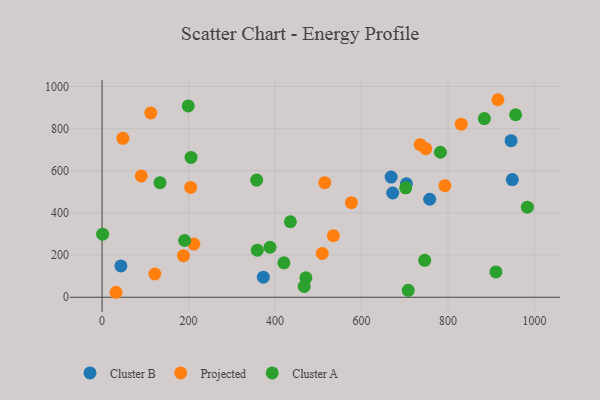
{"axis": {"x": "Study Hours", "y": "Fuel Efficiency"}, "legend": ["Cluster A", "Cluster B", "Projected"], "data": [{"x": "373.0", "y": 95.1, "type": "Cluster B"}, {"x": "757.8", "y": 464.8, "type": "Cluster B"}, {"x": "703.9", "y": 538.4, "type": "Cluster B"}, {"x": "668.6", "y": 570.1, "type": "Cluster B"}, {"x": "948.9", "y": 558.4, "type": "Cluster B"}, {"x": "946.0", "y": 742.8, "type": "Cluster B"}, {"x": "672.2", "y": 494.5, "type": "Cluster B"}, {"x": "43.6", "y": 148.6, "type": "Cluster B"}, {"x": "32.4", "y": 23.6, "type": "Projected"}, {"x": "748.6", "y": 704.9, "type": "Projected"}, {"x": "830.8", "y": 820.9, "type": "Projected"}, {"x": "915.5", "y": 937.0, "type": "Projected"}, {"x": "535.0", "y": 291.9, "type": "Projected"}, {"x": "48.1", "y": 753.7, "type": "Projected"}, {"x": "515.1", "y": 543.3, "type": "Projected"}, {"x": "212.3", "y": 252.4, "type": "Projected"}, {"x": "576.7", "y": 448.4, "type": "Projected"}, {"x": "735.8", "y": 723.6, "type": "Projected"}, {"x": "90.8", "y": 575.5, "type": "Projected"}, {"x": "509.2", "y": 207.8, "type": "Projected"}, {"x": "793.0", "y": 529.2, "type": "Projected"}, {"x": "188.3", "y": 197.4, "type": "Projected"}, {"x": "122.1", "y": 110.2, "type": "Projected"}, {"x": "112.7", "y": 874.5, "type": "Projected"}, {"x": "205.0", "y": 521.1, "type": "Projected"}, {"x": "471.5", "y": 92.2, "type": "Cluster A"}, {"x": "911.0", "y": 120.3, "type": "Cluster A"}, {"x": "1.3", "y": 299.1, "type": "Cluster A"}, {"x": "884.2", "y": 847.5, "type": "Cluster A"}, {"x": "190.9", "y": 269.1, "type": "Cluster A"}, {"x": "359.1", "y": 223.5, "type": "Cluster A"}, {"x": "467.5", "y": 51.3, "type": "Cluster A"}, {"x": "388.5", "y": 237.2, "type": "Cluster A"}, {"x": "956.5", "y": 865.7, "type": "Cluster A"}, {"x": "702.2", "y": 519.0, "type": "Cluster A"}, {"x": "983.7", "y": 427.4, "type": "Cluster A"}, {"x": "199.3", "y": 907.7, "type": "Cluster A"}, {"x": "357.6", "y": 556.0, "type": "Cluster A"}, {"x": "205.8", "y": 663.3, "type": "Cluster A"}, {"x": "134.0", "y": 543.6, "type": "Cluster A"}, {"x": "420.6", "y": 163.5, "type": "Cluster A"}, {"x": "782.6", "y": 687.9, "type": "Cluster A"}, {"x": "746.3", "y": 175.1, "type": "Cluster A"}, {"x": "435.6", "y": 358.1, "type": "Cluster A"}, {"x": "708.1", "y": 32.7, "type": "Cluster A"}]}